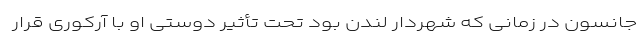
جانسون در زمانی که شهردار لندن بود تحت تأثیر دوستی او با آرکوری قرار